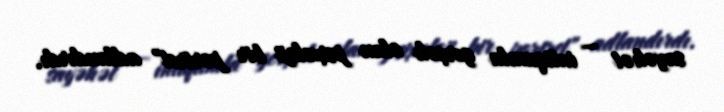
sayəhət — intiqamla gerçək olan psixoloji bir portret" adlandırdı.